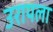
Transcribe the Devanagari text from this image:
उरायला